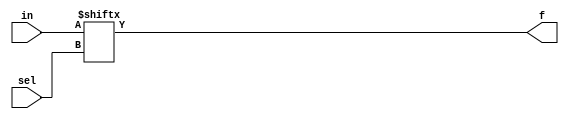
//This Program implements a slightly different implementation of a
// n:1 Multiplexer...

module mux2to1 #(parameter n = 2) (
	output f,
	input [$clog2(n)-1:0] sel,
	input [n-1:0] in);

assign f = in[sel];
endmodule